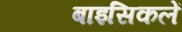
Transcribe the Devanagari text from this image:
बाइसिकलें